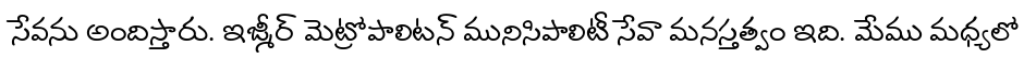
సేవను అందిస్తారు. ఇజ్మీర్ మెట్రోపాలిటన్ మునిసిపాలిటీ సేవా మనస్తత్వం ఇది. మేము మధ్యలో